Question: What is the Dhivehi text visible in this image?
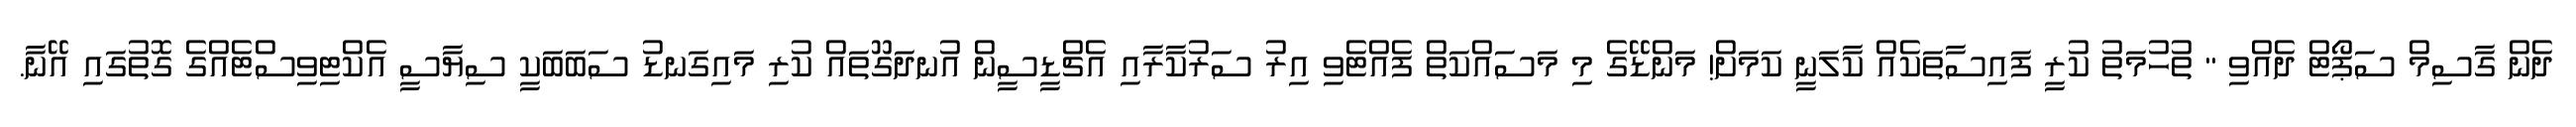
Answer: ދެން ގާސިމް ސަޕޯޓް ދެއްވި " ތުހުމަތު ކުރީ ފައިސާތަކެއް ކާލަނީ ކަމަށް! މަންޑޭގެ މި މަސައްކަތް ފެއްޓެވި އިރު ސަރުކާރާއި އެޗްޑީސީން އުނދަގޫތައް ކުރި މައިގަނޑު ސަބަބަކީ ސިޔާސީ އެކްޓިވިސްޓެއްގެ ގޮތުގައި އޭނާ.